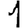
Digit: 1